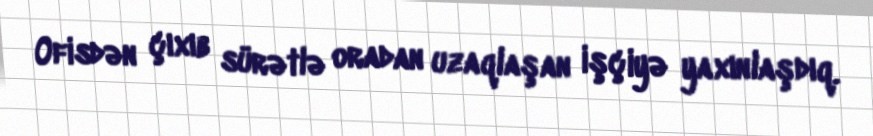
Ofisdən çıxıb sürətlə oradan uzaqlaşan işçiyə yaxınlaşdıq.